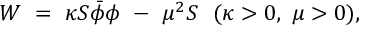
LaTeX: W \ = \ \kappa S \bar { \phi } \phi \ - \ \mu ^ { 2 } S \ \ ( \kappa > 0 , \ \mu > 0 ) ,